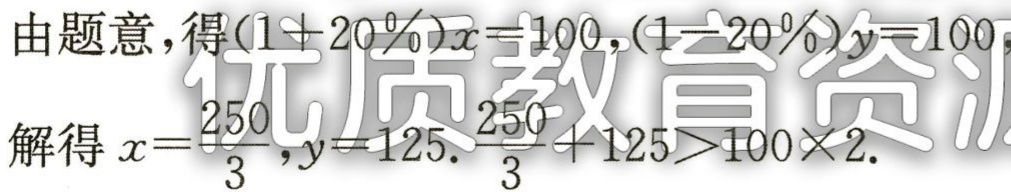
由题意,得\((1 + 20\%)x = 100,(1 - 20\%)y = 100\).
解得\(x = \frac{250}{3},y = 125.\frac{250}{3}+125>100\times2\).